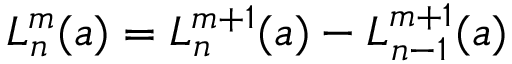
L _ { n } ^ { m } ( a ) = L _ { n } ^ { m + 1 } ( a ) - L _ { n - 1 } ^ { m + 1 } ( a )